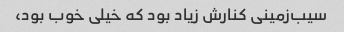
سیب‌زمینی کنارش زیاد بود که خیلی خوب بود،